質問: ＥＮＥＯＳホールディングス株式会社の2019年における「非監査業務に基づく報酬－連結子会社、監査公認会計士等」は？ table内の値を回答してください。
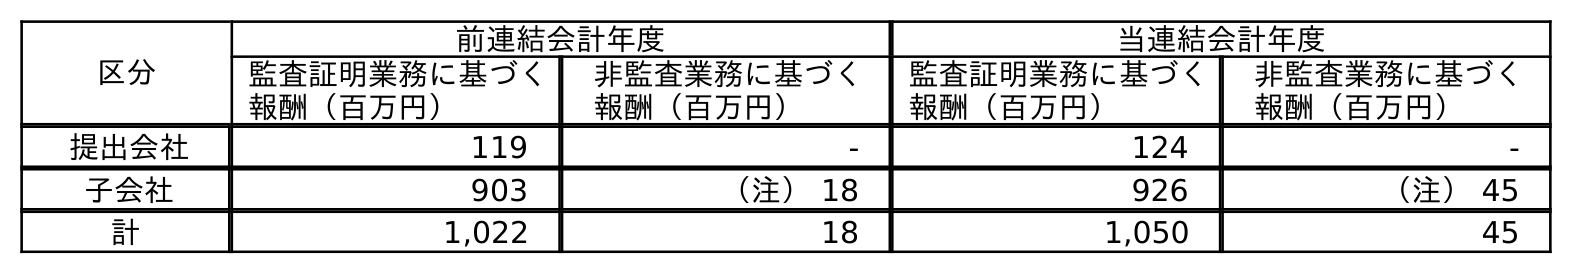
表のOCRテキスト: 区分 前連結会計年度 当連結会計年度 監査証明業務に基づく 報酬（百万円） 非監査業務に基づく 報酬（百万円） 監査証明業務に基づく 報酬（百万円） 非監査業務に基づく 報酬（百万円） 提出会社 119 - 124 - 子会社 903 （注） 18 926 （注） 45 計 1,022 18 1,050 45
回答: （注）18